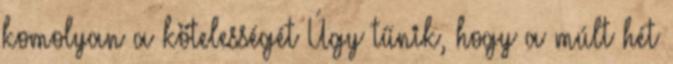
komolyan a kötelességét Úgy tűnik, hogy a múlt hét